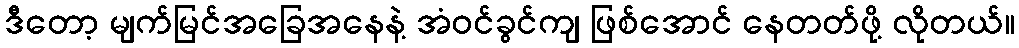
ဒီတော့ မျက်မြင်အခြေအနေနဲ့ အံဝင်ခွင်ကျ ဖြစ်အောင် နေတတ်ဖို့ လိုတယ်။